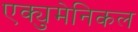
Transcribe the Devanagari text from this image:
एक्युमेनिकल